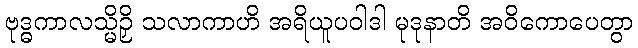
ဗုဒ္ဓကာလသ္မိဉှိ သလာကာဟိ အရိယူပဝါဒါ မုဒုနာတိ အဝိကောပေတွာ